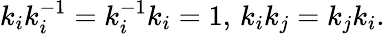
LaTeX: k_{i}k_{i}^{-1}=k_{i}^{-1}k_{i}=1,\, k_{i}k_{j}=k_{j}k_{i}.